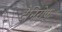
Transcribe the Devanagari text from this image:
टैनिरीफ़